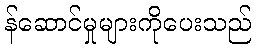
န်ဆောင်မှုများကိုပေးသည်